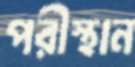
পরীস্থান